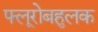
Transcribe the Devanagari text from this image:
फ्लूरोबहुलक